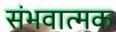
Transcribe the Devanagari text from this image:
संभवात्मक